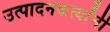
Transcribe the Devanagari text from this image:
उत्पादनकर्त्यांनी